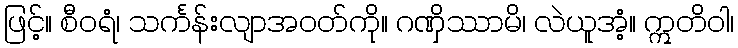
ဖြင့်။ စီဝရံ၊ သင်္ကန်းလျာအဝတ်ကို။ ဂဏှိဿာမိ၊ လဲယူအံ့။ ဣတိဝါ၊